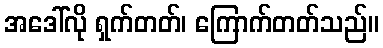
အဒေါ်လို ရှက်တတ်၊ ကြောက်တတ်သည်။